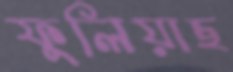
ফুলিয়াছ